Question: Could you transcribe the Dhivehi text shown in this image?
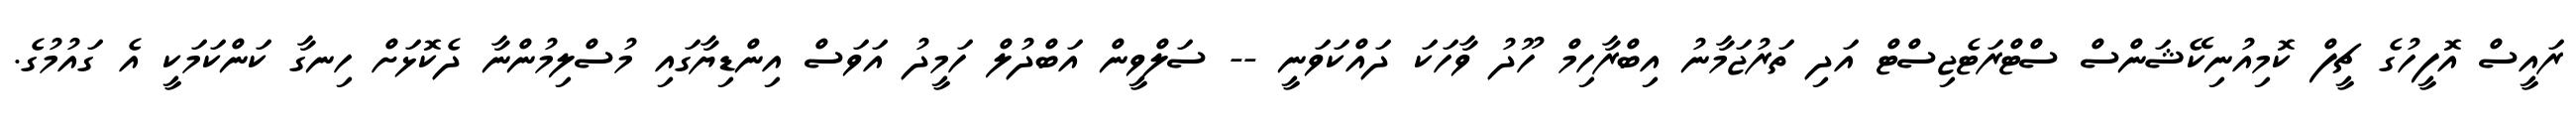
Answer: ރައީސް އޮފީހުގެ ޗީފް ކޮމިއުނިކޭޝަންސް ސްޓްރަޓެޖިސްޓް އަދި ތަރުޖަމާނު އިބްރާހިމް ހޫދު ވާހަކަ ދައްކަވަނީ -- ސަލްވީން އަބްދުލް ހަމީދު އަވަސް އިންޑިޔާގައި މުސްލިމުންނާ ދެކޮޅަށް ހިނގާ ކަންކަމަކީ އެ ގައުމުގެ.